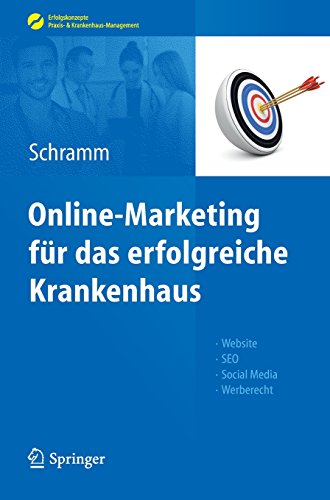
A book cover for Online-Marketing fÃ¼r das erfolgreiche Krankenhaus: Website, SEO, Social Media, Werberecht (Erfolgskonzepte Praxis- & Krankenhaus-Management) (German Edition); Medical Books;